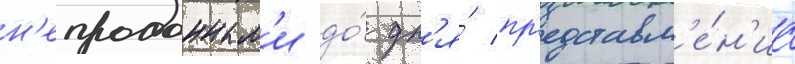
н'епроданным'и до́ дн'я́ пр'едставл'е́н'иа